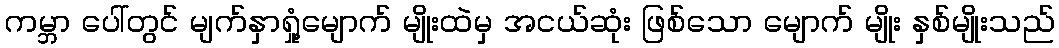
ကမ္ဘာ ပေါ်တွင် မျက်နှာရှုံ့မျောက် မျိုးထဲမှ အငယ်ဆုံး ဖြစ်သော မျောက် မျိုး နှစ်မျိုးသည်